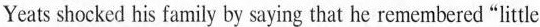
Yeats shocked his family by saying that he remembered "little